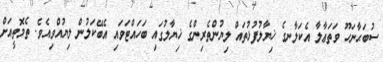
ސުބަޙާނަހޫ ވަތަޢާލާ އެކަލާނގެ ޚިޔާލުފުޅުތައް ލިޔުންތެރިންގެ ޚިޔާލުގައި ބަހައްޓަވައި އެބޭކަލުން ލިޔުއްވިއެވެ. ތެމޮތީއަށް